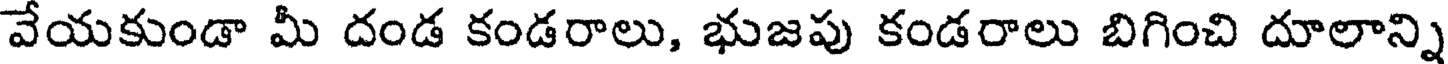
వేయకుండా మీ దండ కండరాలు, భుజపు కండరాలు బిగించి దూలాన్ని